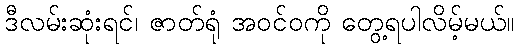
ဒီလမ်းဆုံးရင်၊ ဇာတ်ရုံ အဝင်ဝကို တွေ့ရပါလိမ့်မယ်။